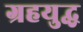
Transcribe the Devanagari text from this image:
ग्रहयुद्ध